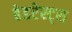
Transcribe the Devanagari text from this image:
हेडरेस्ट्स